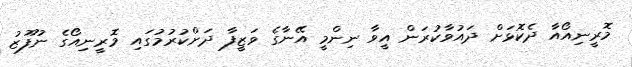
މޮރީނިއޯއާ ދެކޮޅަށް ދައުވާކުރަން އީވާ ނިންމީ އޭނާގެ ވަޒީފާ ދަށްކުރުމުގައި މޮރީނިއޯގެ ނުފޫޒު